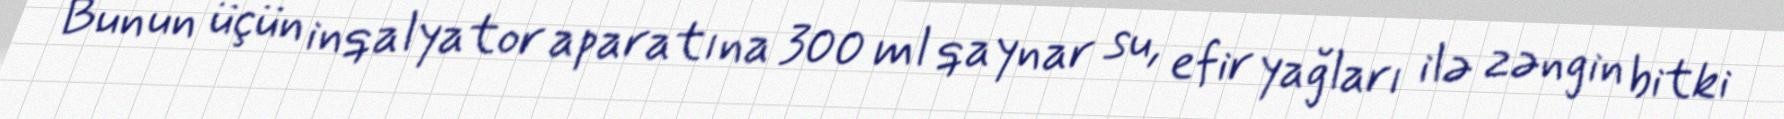
Bunun üçün inqalyator aparatına 300 ml qaynar su, efir yağları ilə zəngin bitki